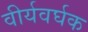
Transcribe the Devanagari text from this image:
वीर्यवर्घक